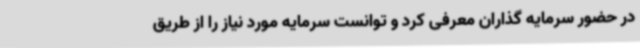
در حضور سرمایه گذاران معرفی کرد و توانست سرمایه مورد نیاز را از طریق